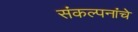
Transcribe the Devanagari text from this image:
संंकल्पनांंचे